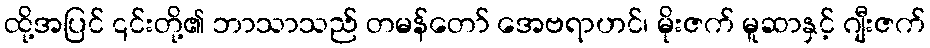
ထို့အပြင် ၎င်းတို့၏ ဘာသာသည် တမန်တော် အေဗရာဟင်၊ မိုးဇက် မူဆာနှင့် ဂျီးဇက်